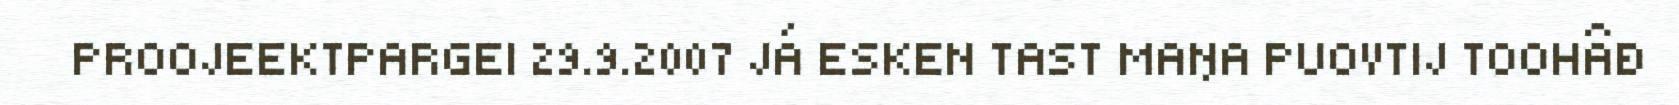
PROOJEEKTPARGEI 29.9.2007 JÁ ESKEN TAST MAŊA PUOVTIJ TOOHÂĐ